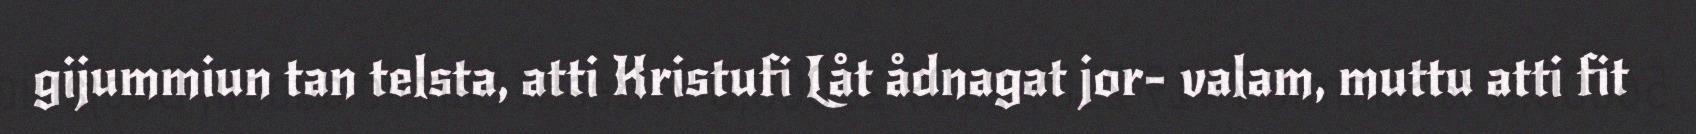
gijummiun tan telsta, atti Kristufi Låt ådnagat jor- valam, muttu atti fit